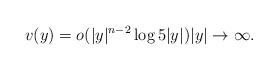
LaTeX: \begin{align*}v(y) = o(|y|^{n-2} \log 5|y|) |y|\to\infty.\end{align*}